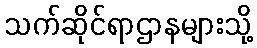
သက်ဆိုင်ရာဌာနများသို့